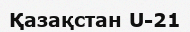
Қазақстан U-21